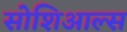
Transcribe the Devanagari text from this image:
सोशिआल्स